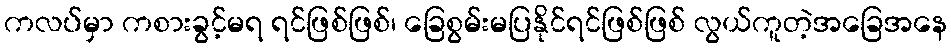
ကလပ်မှာ ကစားခွင့်မရ ရင်ဖြစ်ဖြစ်၊ ခြေစွမ်းမပြနိုင်ရင်ဖြစ်ဖြစ် လွယ်ကူတဲ့အခြေအနေ